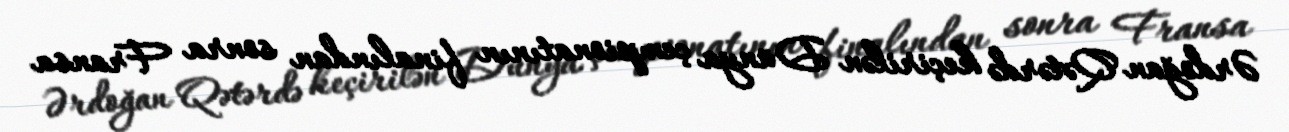
Ərdoğan Qətərdə keçirilən Dünya çempionatının finalından sonra Fransa